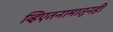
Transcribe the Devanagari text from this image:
व्हिएतनामातूनही